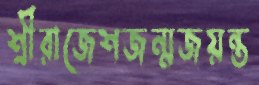
শ্রীরাজেশজন্মজয়ন্ত